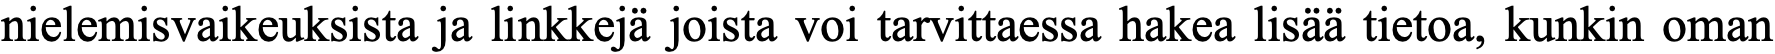
nielemisvaikeuksista ja linkkejä joista voi tarvittaessa hakea lisää tietoa, kunkin oman